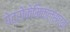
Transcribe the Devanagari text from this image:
पेट्रोकेमिकल्सच्या